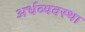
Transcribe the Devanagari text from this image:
अर्धव्यवस्था